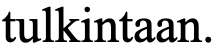
tulkintaan.